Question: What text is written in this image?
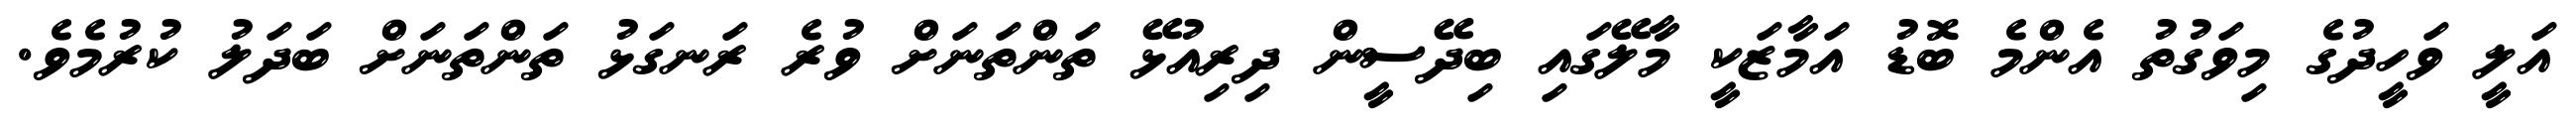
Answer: އަލީ ވަހީދުގެ މިވަގުތު އެންމެ ބޮޑު އަމާޒަކީ މާލޭގައި ބިދޭސީން ދިރިއުޅޭ ތަންތަނަށް ވުރެ ރަނގަޅު ތަންތަނަށް ބަދަލު ކުރުމެވެ.